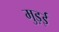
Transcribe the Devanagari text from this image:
मुड़ई